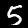
Label: 5